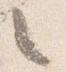
之